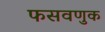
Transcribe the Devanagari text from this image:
फसवणुक